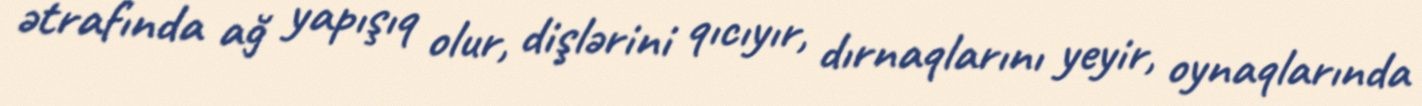
ətrafında ağ yapışıq olur, dişlərini qıcıyır, dırnaqlarını yeyir, oynaqlarında